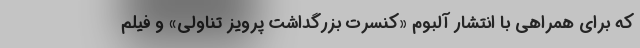
که برای همراهی با انتشار آلبوم «کنسرت بزرگداشت پرویز تناولی» و فیلم